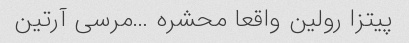
پیتزا رولین واقعا محشره …مرسی آرتین